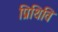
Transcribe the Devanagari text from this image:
प्रिथिवि